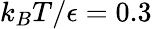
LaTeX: k_{B}T/\epsilon=0.3